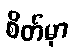
စိတ်မှာ